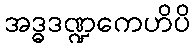
အဒ္ဓဒဏ္ဍကေဟိပိ